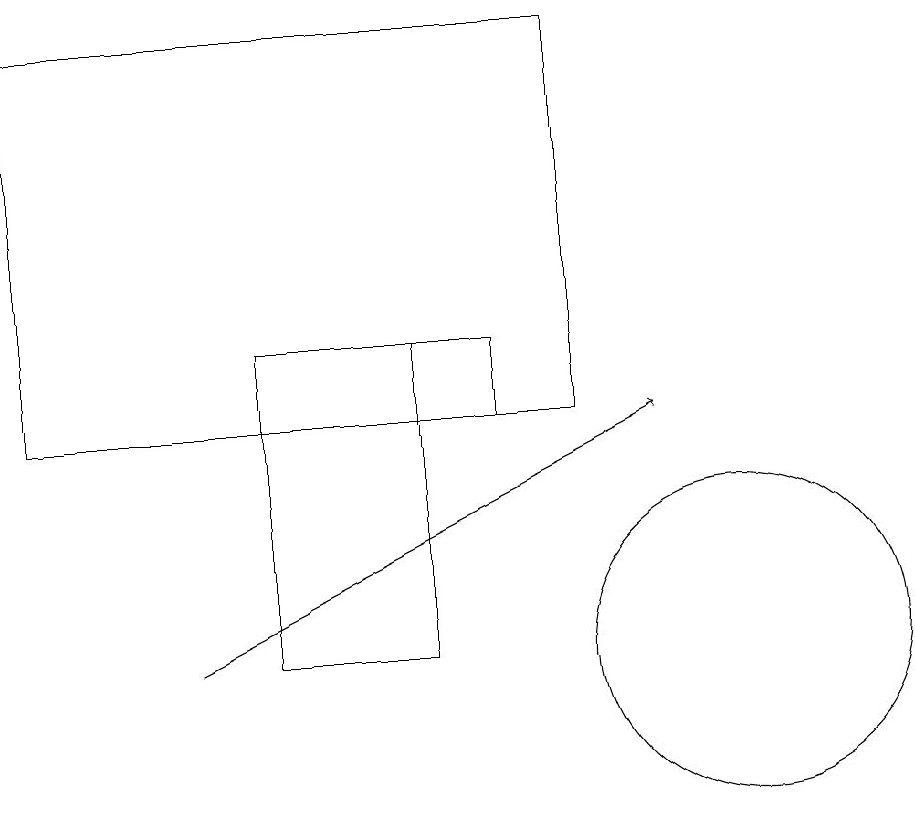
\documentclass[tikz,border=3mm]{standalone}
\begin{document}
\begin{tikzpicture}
\draw (1,14) rectangle (8,19);
\draw (6,15) rectangle (4,11);
\draw (10,11) circle (2);
\draw (7,14) rectangle (6,15);
\draw[->] (3,11) -- (9,14);
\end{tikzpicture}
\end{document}